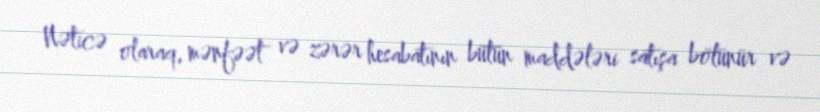
Nəticə olaraq, mənfəət və zərər hesabatının bütün maddələri satışa bölünür və